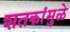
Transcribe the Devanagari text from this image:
शतकांमुळे